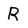
Character: R